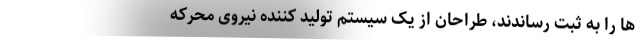
ها را به ثبت رساندند، طراحان از یک سیستم تولید کننده نیروی محرکه